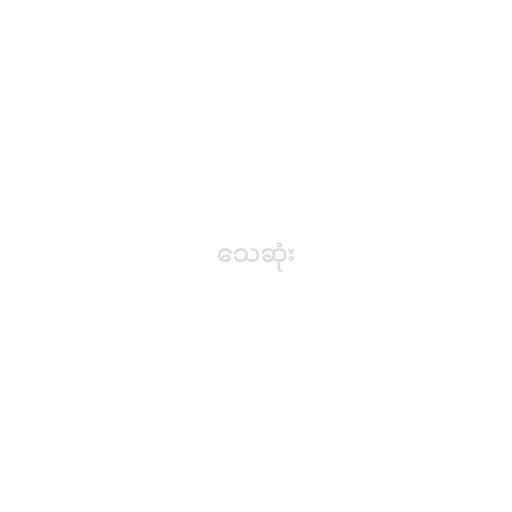
သေဆုံး